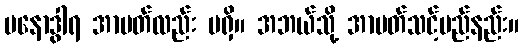
မနောဒွါရ အာပတ်လည်း မရှိ။ အဘယ်သို့ အာပတ်သင့်မည်နည်း။